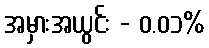
အမှားအယွင်း - ၀.၀၁%